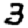
Digit: 3